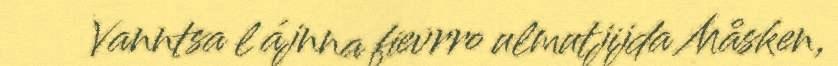
Vanntsa l ájnna fievrro ulmutjijda Måsken,